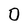
Character: O